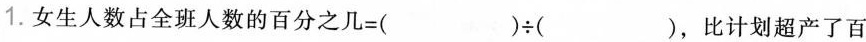
1.女生人数占全班人数的百分之几=( )÷( )，比计划超产了百